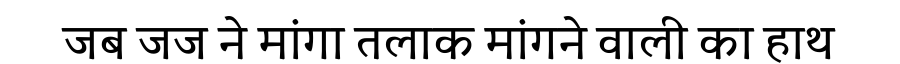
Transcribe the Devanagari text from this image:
जब जज ने मांगा तलाक मांगने वाली का हाथ